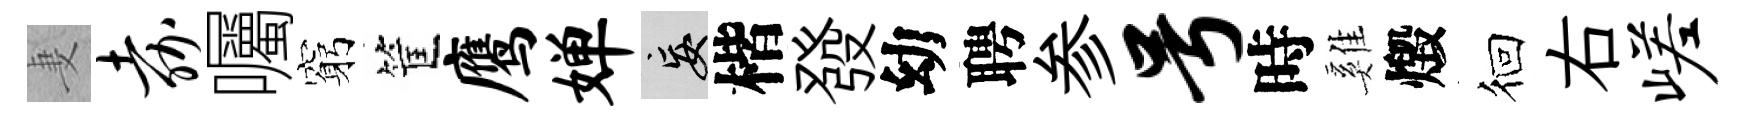
妻嘉囑窮筐鹰婵妄楷發幼聘参号時雞燬徊右嵯